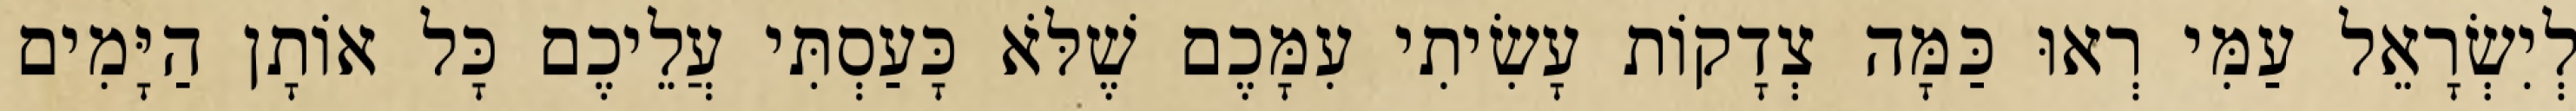
לְיִשְׂרָאֵל עַמִּי רְאוּ כַּמָּה צְדָקוֹת עָשִׂיתִי עִמָּכֶם שֶׁלֹּא כָּעַסְתִּי עֲלֵיכֶם כָּל אוֹתָן הַיָּמִים